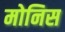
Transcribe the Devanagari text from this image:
मोनिस